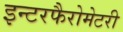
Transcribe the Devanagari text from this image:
इन्टरफैरोमेटरी